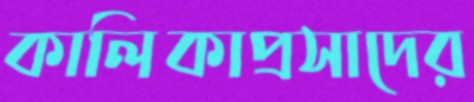
কালিকাপ্রসাদের